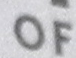
OF